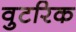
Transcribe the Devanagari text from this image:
वुटरिक